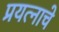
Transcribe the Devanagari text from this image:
प्रयत्नाचे